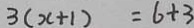
3 ( x + 1 ) = 6 + 3